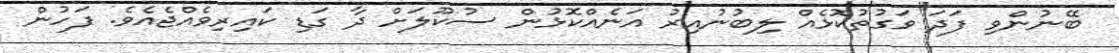
ބޭނުންވި ފަދަ ވަގުތުކޮޅެއް ލިބުނުއިރު އަނެއްކޮޅުން ސުކޫލަށް ދާ ގަޑި ކައިރިވެއްޖެއެވެ. ފަހުން